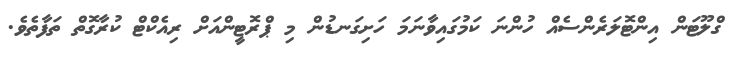
ގްލޫޓަން އިންޓޮލަރެންސެއް ހުންނަ ކަމުގައިވާނަމަ ހަށިގަނޑުން މި ޕްރޮޓީންއަށް ރިއެކްޓް ކުރާގޮތް ތަފާތެވެ.